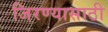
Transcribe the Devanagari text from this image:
जिरण्यासाठी